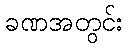
ခဏအတွင်း